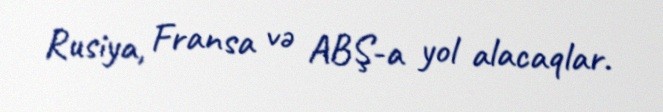
Rusiya, Fransa və ABŞ-a yol alacaqlar.